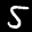
Label: 5